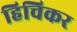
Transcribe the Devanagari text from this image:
हिचिकर